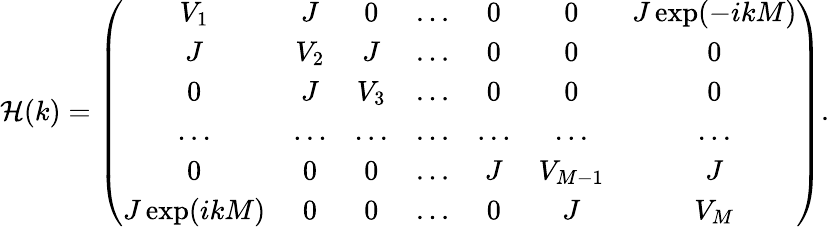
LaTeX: \mathcal{H}(k)=\left(\begin{array}{ccccccc}{V_{1}}&{J}&{0}&{...}&{0}&{0}&{J\exp(-ikM)}\\ {J}&{V_{2}}&{J}&{...}&{0}&{0}&{0}\\ {0}&{J}&{V_{3}}&{...}&{0}&{0}&{0}\\ {...}&{...}&{...}&{...}&{...}&{...}&{...}\\ {0}&{0}&{0}&{...}&{J}&{V_{M-1}}&{J}\\ {J\exp(ikM)}&{0}&{0}&{...}&{0}&{J}&{V_{M}}\end{array}\right).